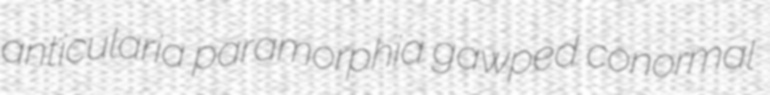
anticularia paramorphia gawped conormal